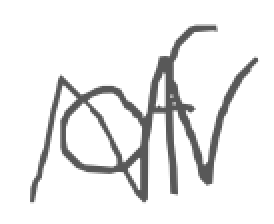
Text: of
Cross-out: zig-zag
Writing tool: digital_gray